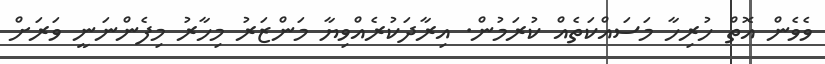
ވެވެން އޮތް ހުރިހާ މަސައްކަތެއް ކުރަމުން. އިރާދަކުރެއްވިޔާ މަންޒަރު މިހާރު މިފެންނަނީ ވަރަށް